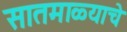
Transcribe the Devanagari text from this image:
सातमाळ्याचे